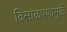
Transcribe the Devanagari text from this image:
ढिसाळपणामुळे